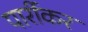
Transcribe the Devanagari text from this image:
पार्रीकर